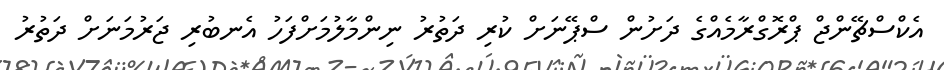
އެކްސްޗޭންޖް ޕްރޮގްރާމެއްގެ ދަށުން ސްޕޭނަށް ކުރި ދަތުރު ނިންމާލުމަށްފަހު އެނބުރި ޖަރުމަނަށް ދަތުރު